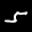
Label: 5